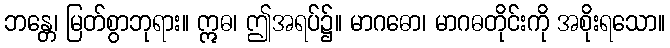
ဘန္တေ၊ မြတ်စွာဘုရား။ ဣဓ၊ ဤအရပ်၌။ မာဂဓော၊ မာဂဓတိုင်းကို အစိုးရသော။